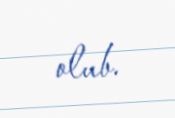
olub.